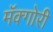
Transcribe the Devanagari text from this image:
मॅक्गोरी